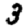
Digit: 3